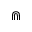
\Cap